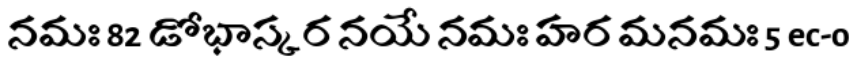
నమః 82 డోభాస్కర నయే నమః హర మనమః 5 ec-o